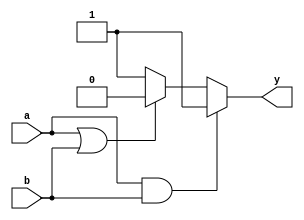
module multiple_if_else (
    input wire a,
    input wire b,
    output reg y
);

always @*
begin
    if (a && b) begin
        y <= 1;
    end
    else if (a || b) begin
        y <= 0;
    end
    else begin
        y <= 1;
    end
end

endmodule